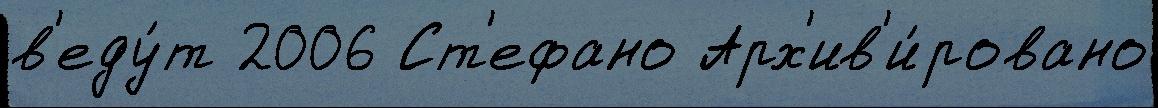
в'еду́т 2006 Ст'ефано Арх'ив'и́ровано